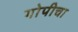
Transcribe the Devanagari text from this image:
गोपीचा